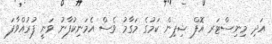
އަދި މިނިސްޓަރ އޮފް ޝިޕިން ކަމުގެ މަގާމު ވެސް އެމަނިކުފާނު ވަނީ ފުރުއްވާފަ